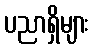
ပညာရှိများ